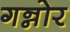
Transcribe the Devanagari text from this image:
गन्नोर